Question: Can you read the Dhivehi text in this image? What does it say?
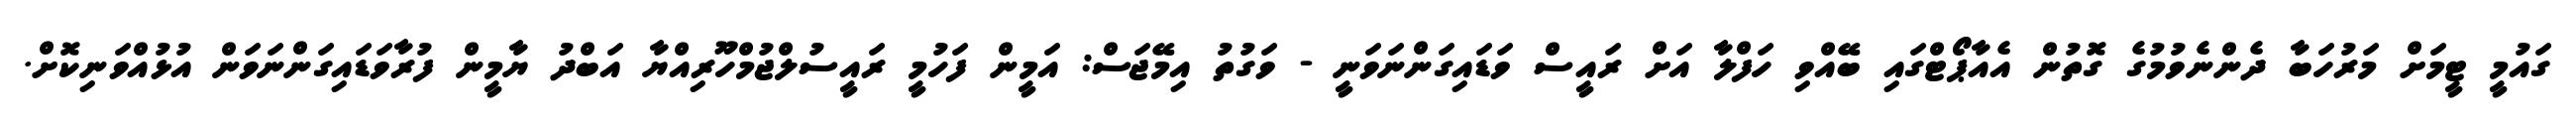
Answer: ގައުމީ ޓީމަށް މަރުހަބާ ދެންނެވުމުގެ ގޮތުން އެއާޕޯޓްގައި ބޭއްވި ހަފްލާ އަށް ރައީސް ވަޑައިގަންނަވަނީ - ވަގުތު އިމޭޖަސް: އަމީން ފަހުމީ ރައީސުލްޖުމްހޫރިއްޔާ އަބްދު ޔާމީން ފުރާވަޑައިގަންނަވަން އުޅުއްވަނިކޮށް.